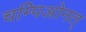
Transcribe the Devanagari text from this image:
चम्पिओनत्